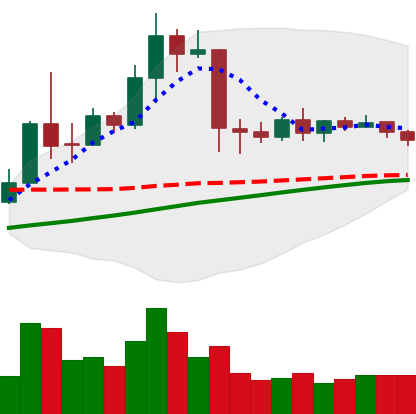
Ticker: TRX-USD
Chart end date: 2019-04-20
Forward return: -12.174%
Label: down_7plus